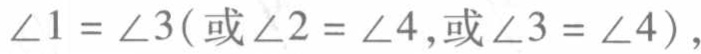
$\angle1 = \angle3(\text{或}\angle2 = \angle4,\text{或}\angle3 = \angle4)$